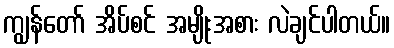
ကျွန်တော် အိပ်စင် အမျိုးအစား လဲချင်ပါတယ်။